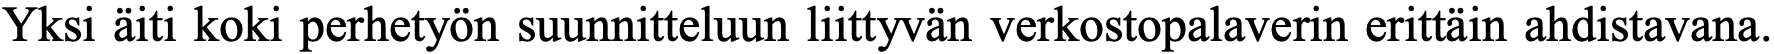
Yksi äiti koki perhetyön suunnitteluun liittyvän verkostopalaverin erittäin ahdistavana.